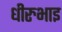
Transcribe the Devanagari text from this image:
धीरुभाइ